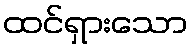
ထင်ရှားသော